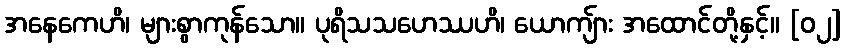
အနေကေဟိ၊ များစွာကုန်သော။ ပုရိသသဟေဿဟိ၊ ယောကျ်ား အထောင်တို့နှင့်။ [၀၂]